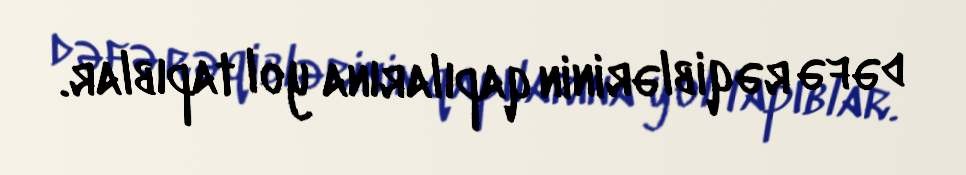
dəfə rəqiblərinin qapılarına yol tapıblar.